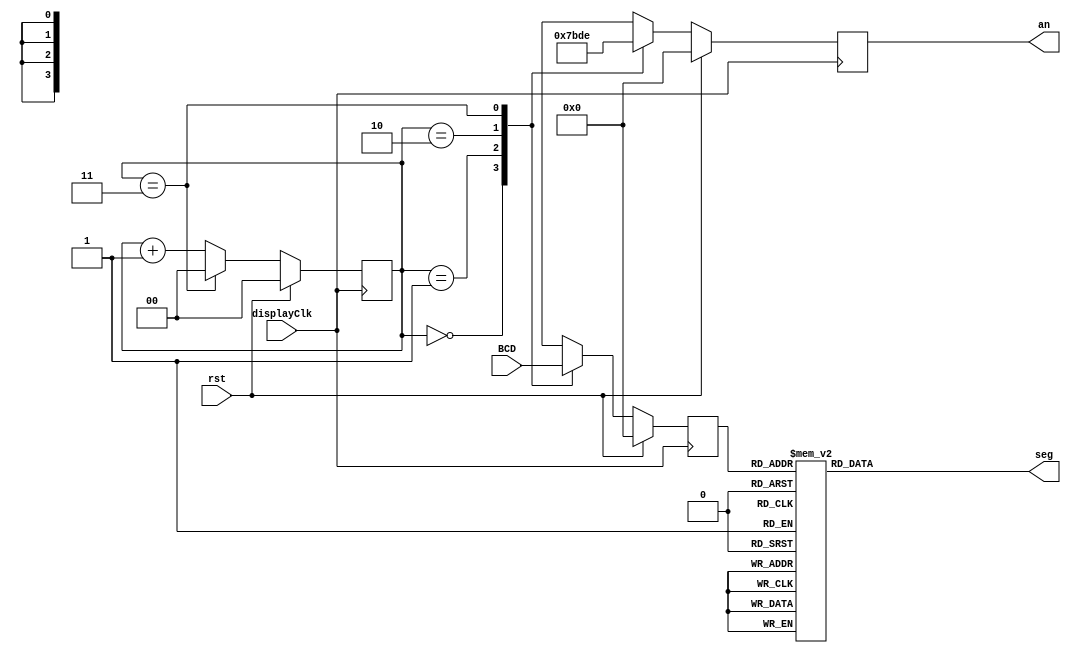
`timescale 1ns / 1ps
//https://www.fpga4student.com/2017/09/seven-segment-led-display-controller-basys3-fpga.html for 7 seg display
module seven_segment_display(
    input rst,
    input displayClk,
    input [15:0] BCD,
    output reg [7:0] seg,
    output reg [3:0] an
    );
    

reg [1:0] LED_status = 2'b00;
reg [3:0] LED_out;

always @(posedge displayClk)
begin
    if (rst)
    begin
        LED_status <= 2'b00;
        LED_out <= 4'b0000;
        an <= 4'b0000;
    end
    else 
    begin
        case (LED_status)
            2'b00:
            begin
                an <= 4'b0111;
                LED_out <= BCD[15:12];
            end
            2'b01:
            begin
                an <= 4'b1011;
                LED_out <= BCD[11:8];
            end
            2'b10:
            begin
                an <= 4'b1101;
                LED_out <= BCD[7:4];
            end
            2'b11:
            begin
                an <= 4'b1110;
                LED_out <= BCD[3:0];
            end
        endcase
            
        if (LED_status == 2'b11) 
        LED_status <= 2'b00;
        else 
        LED_status <= LED_status + 1;
    end
end

always @ (LED_out)
begin
case(LED_out)
 4'b0000: seg = 8'b11000000; // "0"  
 4'b0001: seg = 8'b11111001; // "1" 
 4'b0010: seg = 8'b10100100; // "2" 
 4'b0011: seg= 8'b10110000; // "3" 
 4'b0100: seg= 8'b10011001; // "4" 
 4'b0101: seg= 8'b10010010; // "5" 
 4'b0110: seg= 8'b10000010; // "6" 
 4'b0111: seg= 8'b11111000; // "7" 
 4'b1000: seg= 8'b10000000; // "8"  
 4'b1001: seg= 8'b10010000; // "9" 
 default: seg = 8'b11111111;
endcase
end
endmodule